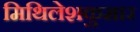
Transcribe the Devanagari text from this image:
मिथिलेशकुमार